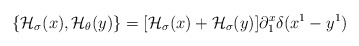
\begin{align*}\{{\cal H}_{\sigma}(x),{\cal H}_{\theta}(y)\} = [{\cal H}_{\sigma}(x) +{\cal H}_{\sigma}(y)] \partial^x_1\delta (x^1 - y^1)\end{align*}